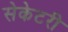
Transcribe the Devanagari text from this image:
सेकेटरी